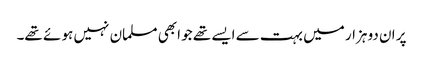
پر ان دو ہزار میں بہت سے ایسے تھے جو ابھی مسلمان نہیں ہو ئے تھے۔